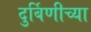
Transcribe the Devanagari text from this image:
दुर्बिणीच्‍या